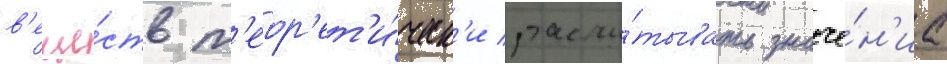
в'еще́ств т'еор'ет'и́ческ'и рассчи́тывать значе́н'иа